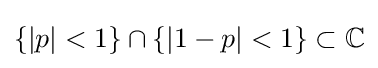
\{|p|<1\}\cap \{|1-p|<1\}\subset \mathbb {C}